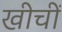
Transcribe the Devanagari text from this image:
खीचीं